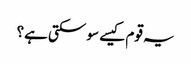
یہ قوم کیسے سو سکتی ہے؟